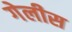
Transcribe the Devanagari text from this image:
गेलीस